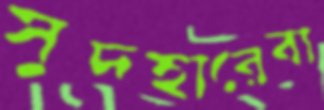
সুদহারেবা